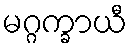
မဂ္ဂက္ခာယီ